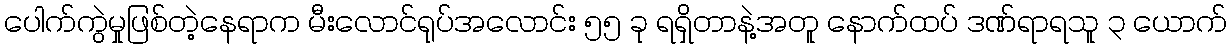
ပေါက်ကွဲမှုဖြစ်တဲ့နေရာက မီးလောင်ရုပ်အလောင်း ၅၅ ခု ရရှိတာနဲ့အတူ နောက်ထပ် ဒဏ်ရာရသူ ၃ ယောက်